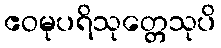
ဧဝမုပရိသုတ္တေသုပိ